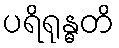
ပရိရုန္ဓတိ